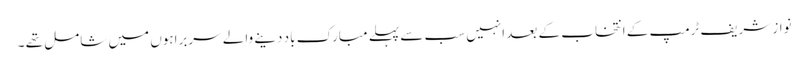
نواز شریف ٹرمپ کے انتخاب کے بعد انہیں سب سے پہلے مبارک باد دینے والے سربراہوں میں شامل تھے ۔